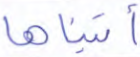
آتيناها